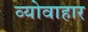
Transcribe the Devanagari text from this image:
व्योवाहार